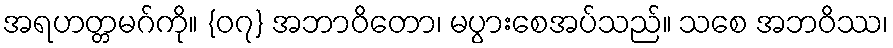
အရဟတ္တမဂ်ကို။ {၀၇} အဘာဝိတော၊ မပွားစေအပ်သည်။ သစေ အဘဝိဿ၊